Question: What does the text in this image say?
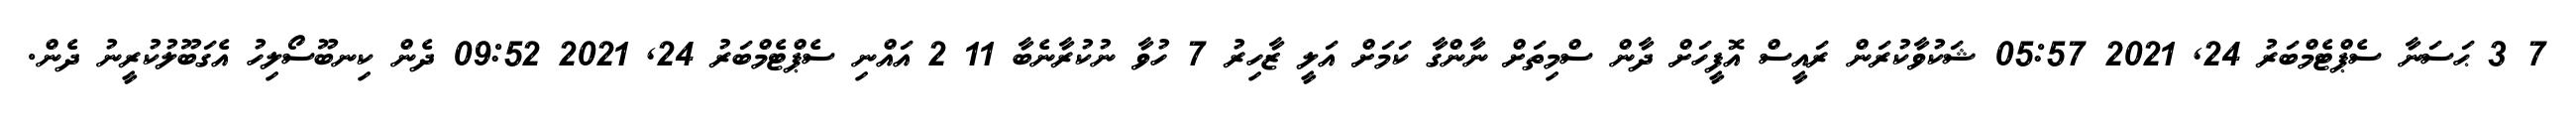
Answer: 7 3 ޙަސަނާ ސެޕްޓެމްބަރު 24, 2021 05:57 ޝަކުވާކުރަން ރައީސް އޮފީހަށް ދާން ސްމިތަށް ނާންގާ ކަމަށް އަލީ ޒާހިރު 7 ހުވާ ނުކުރާނެބާ 11 2 އައްނި ސެޕްޓެމްބަރު 24, 2021 09:52 ދެން ކިނބޫސޯލިހު އެގަބޫލުކުރީނު ދެން.